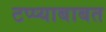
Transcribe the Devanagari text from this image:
टप्प्याबाबत